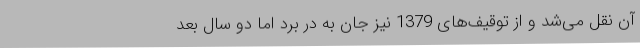
آن نقل می‌شد و از توقیف‌های 1379 نیز جان به در برد اما دو سال بعد